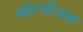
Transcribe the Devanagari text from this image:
मौरूटियस